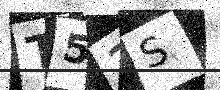
Text: T53S